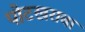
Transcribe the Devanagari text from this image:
पोटखराबा